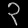
Digit: ၃